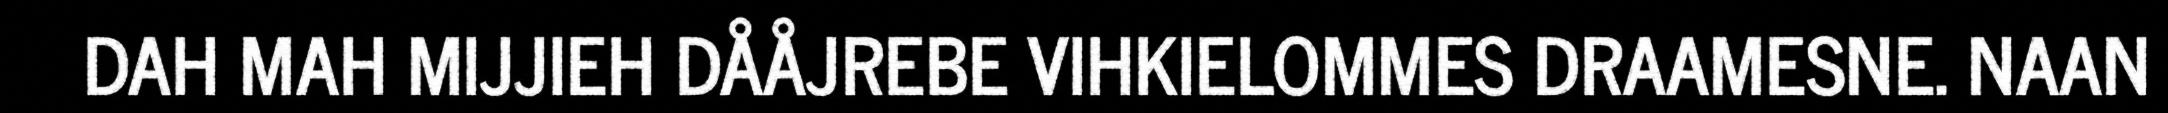
DAH MAH MIJJIEH DÅÅJREBE VIHKIELOMMES DRAAMESNE. NAAN